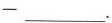
— ___.